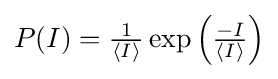
{\textstyle P(I)={\frac {1}{\langle I\rangle }}\exp \left({\frac {-I}{\langle I\rangle }}\right)}